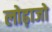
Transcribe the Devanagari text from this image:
लोढ़ाजो